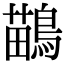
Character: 鶓